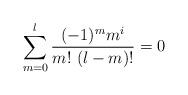
\begin{align*}\sum_{m=0}^l \frac{(-1)^m m^i}{m!\ (l-m)!}=0\end{align*}